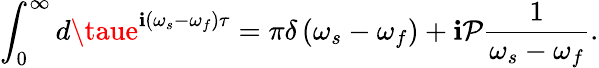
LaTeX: \int_{0}^{\infty}d\taue^{\mathbf{i}\left(\omega_{s}-\omega_{f}\right)\tau}=\pi\delta\left(\omega_{s}-\omega_{f}\right)+\mathbf{i}\mathcal{{P}}\frac{{1}}{{\omega_{s}-\omega_{f}}}.